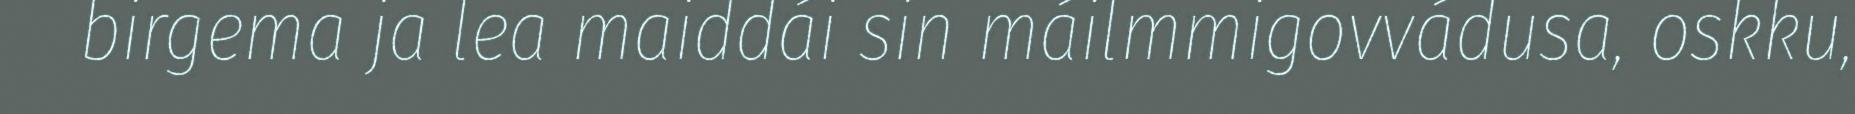
birgema ja lea maiddái sin máilmmigovvádusa, oskku,